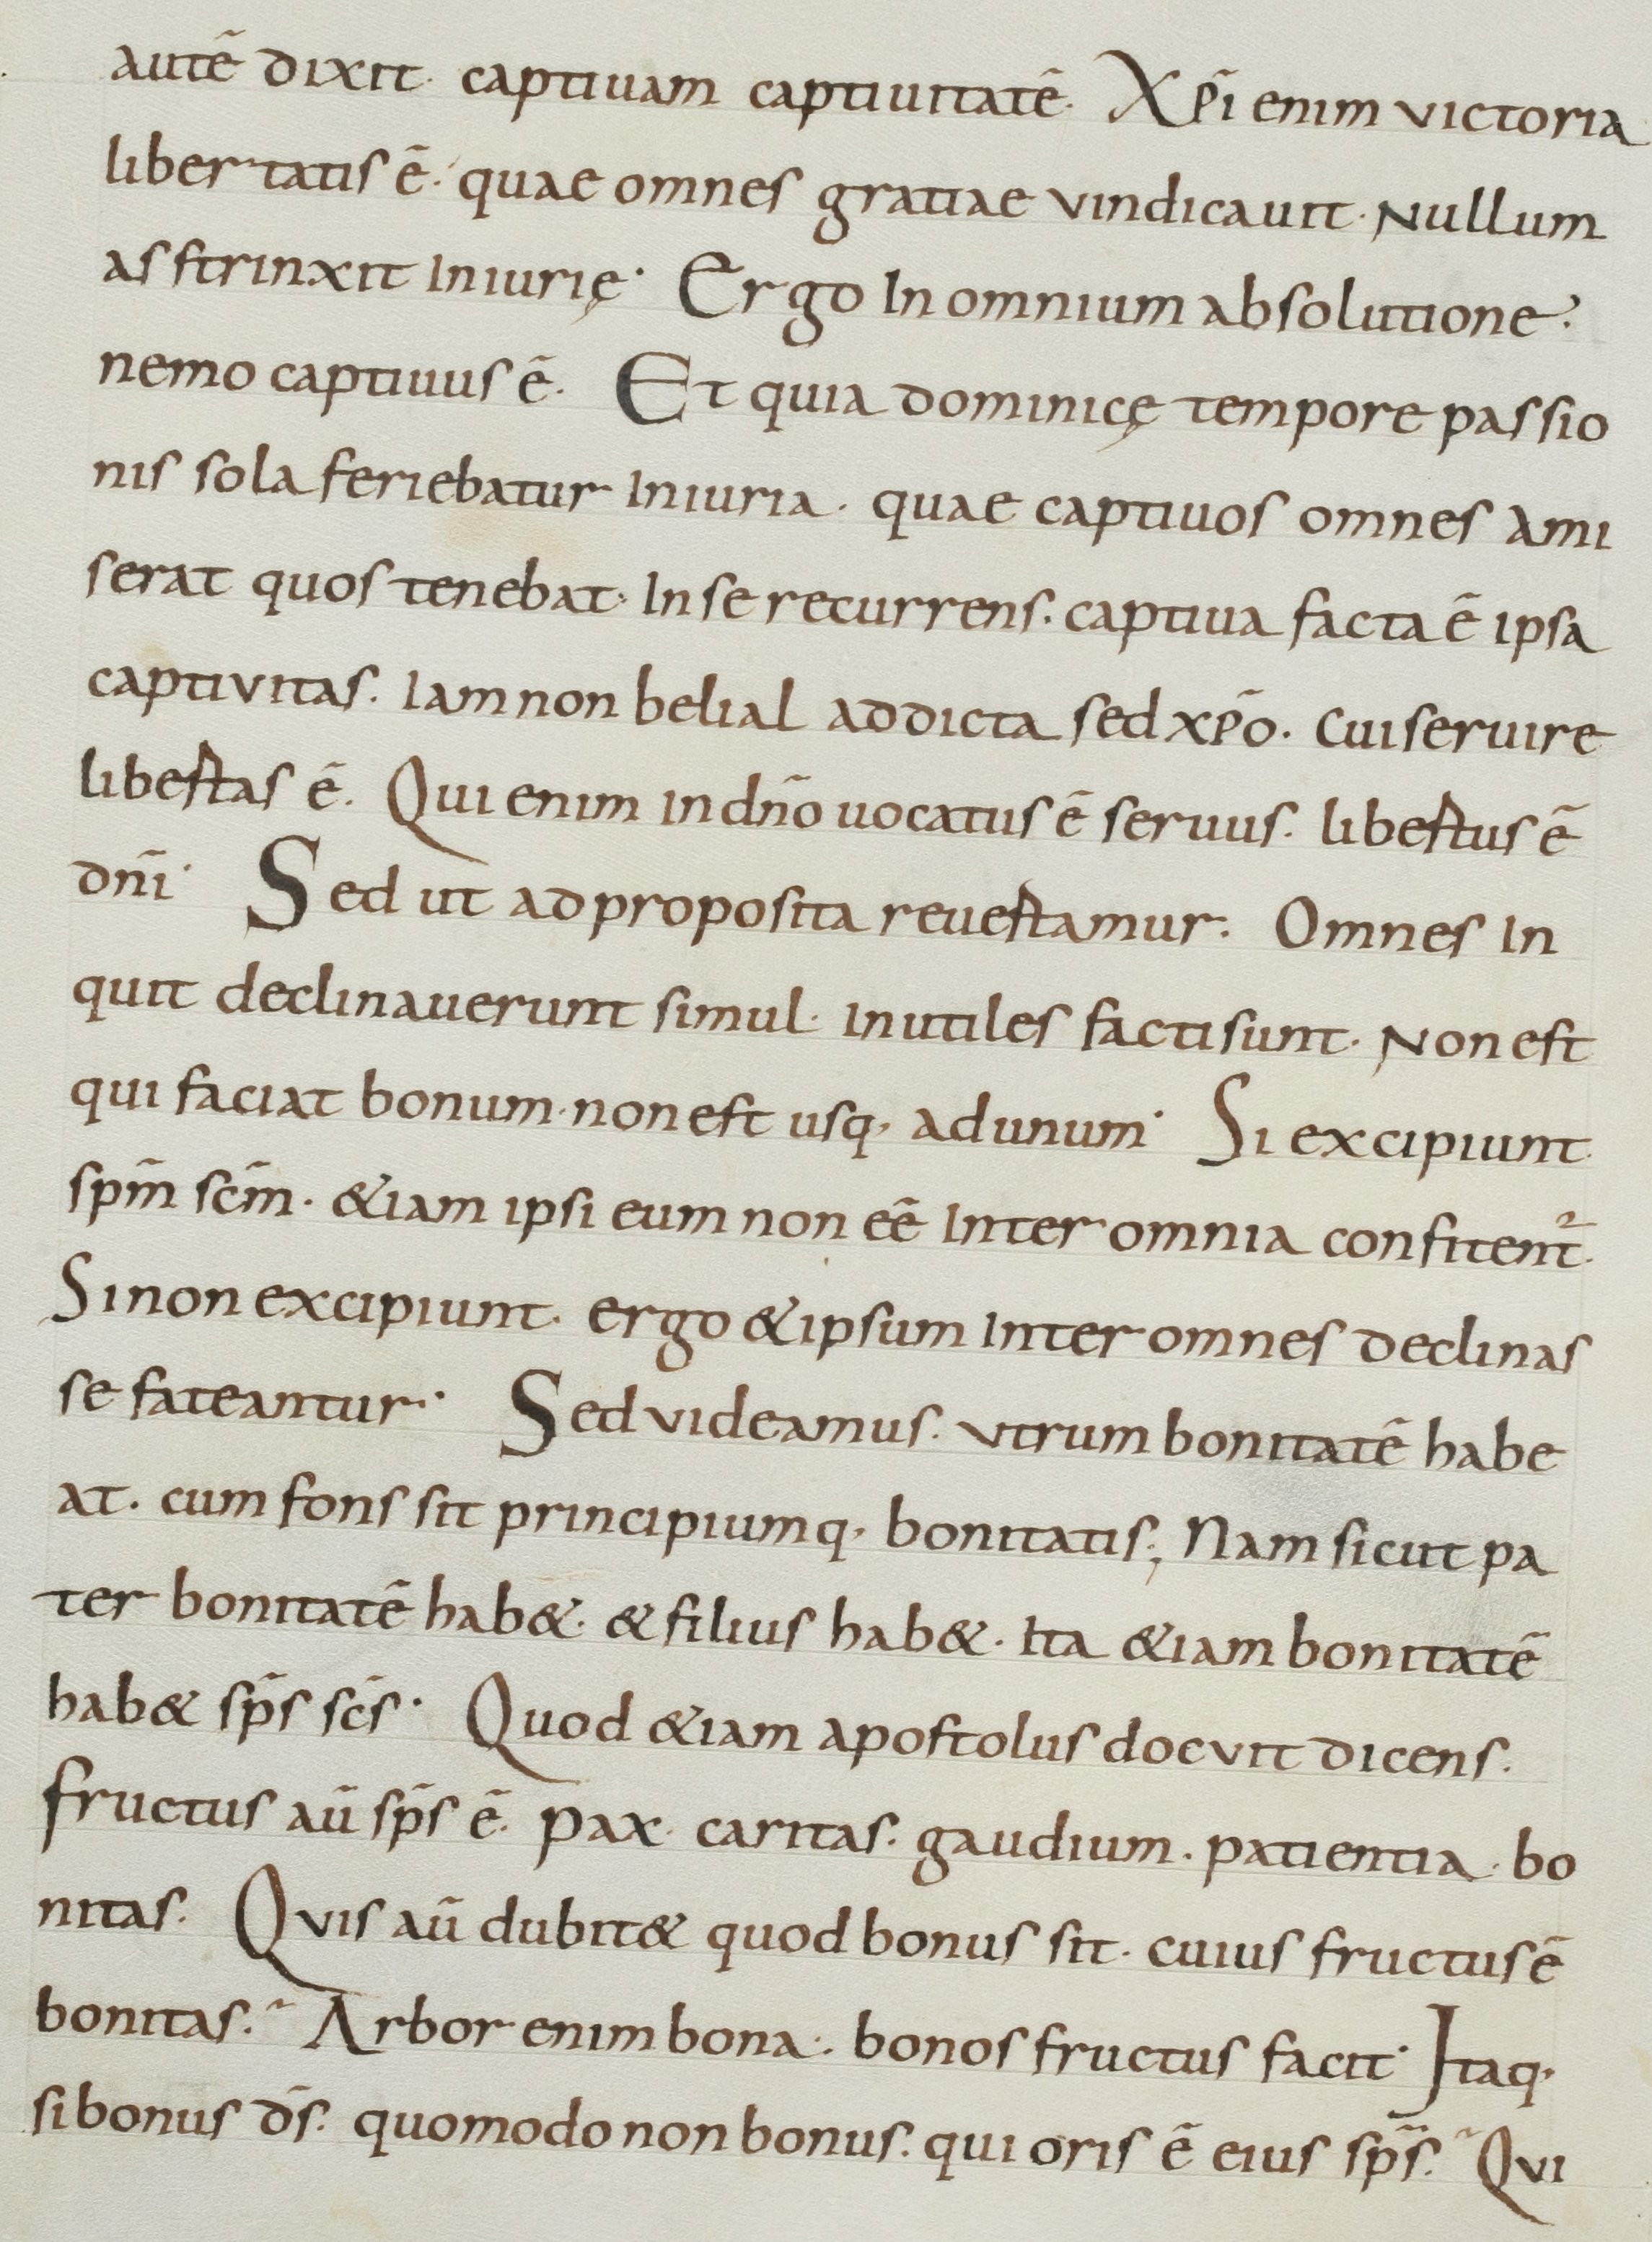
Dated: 900–999